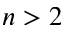
n > 2